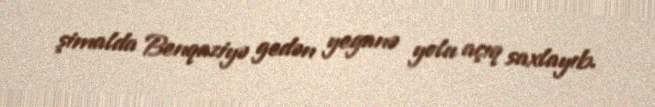
şimalda Benqaziyə gedən yeganə yolu açıq saxlayıb.